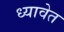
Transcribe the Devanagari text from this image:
ध्यावेत